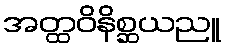
အတ္ထဝိနိစ္ဆယညူ